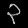
Digit: ၃